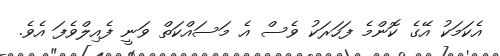
އެކަމަކު އޭގެ ކޮންމެ ފަހަރަކު ވެސް އެ މަސައްކަތް ވަނީ ފެއިލްވެފަ އެވެ.